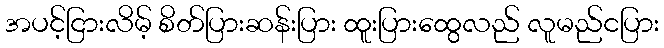
အပင့်ငြားလိမ့် စိတ်ပြားဆန်းပြား ထူးပြားထွေလည် လူမည်ငပြား